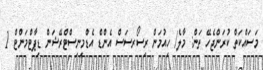
މަސައްކަތް ކުރަންޖެހޭ ތަން: މާލެ/ ހިއުމަން ރިސޯރސަސް އެންޑް އެޑްމިނިސްޓްރޭޝަން ޑިޕާޓްމަންޓް 1